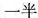
一半